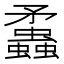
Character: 𧕑